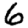
Digit: 6